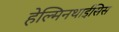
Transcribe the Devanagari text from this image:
हेल्मिनथाईसिस